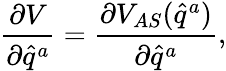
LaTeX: \frac{\partial V}{\partial\widehat{q}^{a}}=\frac{\partial V_{AS}(\widehat{q}^{a})}{\partial\widehat{q}^{a}},